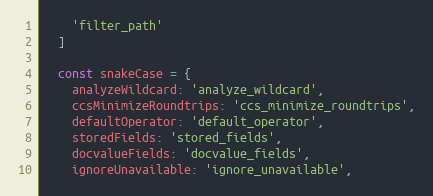
Language: JavaScript
    'filter_path'
  ]

  const snakeCase = {
    analyzeWildcard: 'analyze_wildcard',
    ccsMinimizeRoundtrips: 'ccs_minimize_roundtrips',
    defaultOperator: 'default_operator',
    storedFields: 'stored_fields',
    docvalueFields: 'docvalue_fields',
    ignoreUnavailable: 'ignore_unavailable',